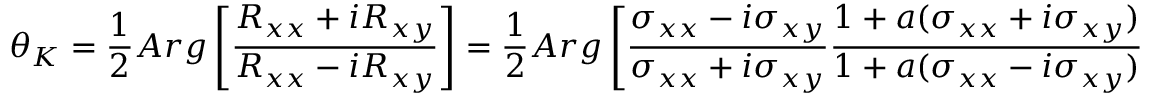
\theta _ { K } = \frac { 1 } { 2 } A r g \left[ \frac { R _ { x x } + i R _ { x y } } { R _ { x x } - i R _ { x y } } \right] = \frac { 1 } { 2 } A r g \left[ \frac { \sigma _ { x x } - i \sigma _ { x y } } { \sigma _ { x x } + i \sigma _ { x y } } \frac { 1 + a ( \sigma _ { x x } + i \sigma _ { x y } ) } { 1 + a ( \sigma _ { x x } - i \sigma _ { x y } ) } \right] \, .